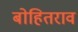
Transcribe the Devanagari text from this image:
बोहितराव